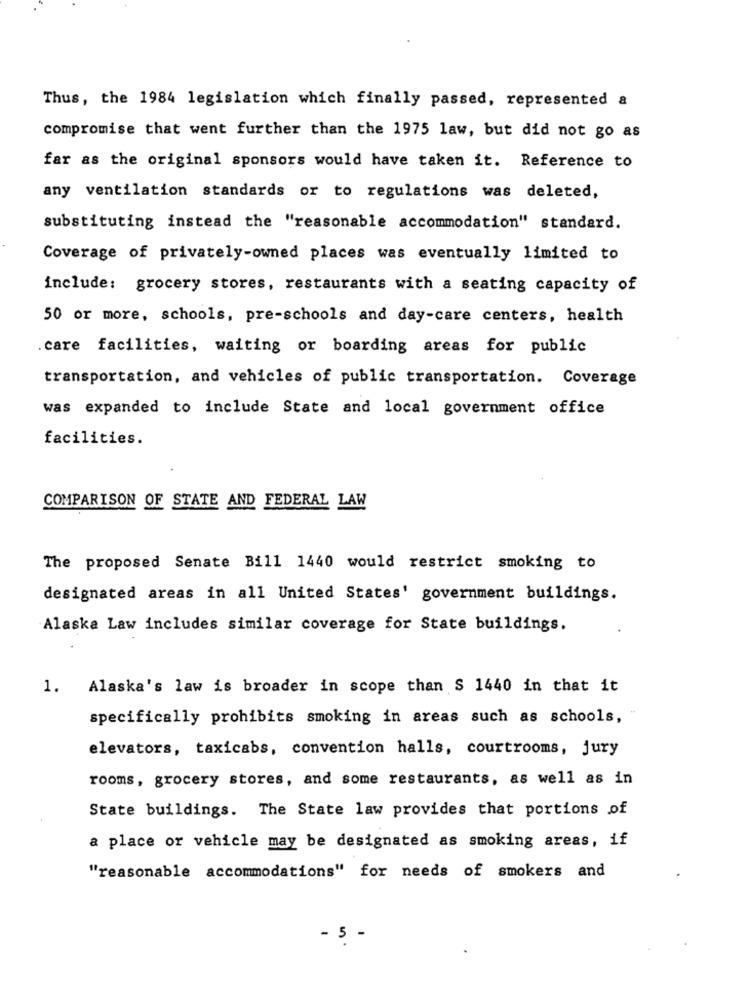
Thus, the 1984 legislation which finally passed, represented &
compromise that went further than the 1975 law, but did not go as
far as the original sponsors would have taken it. Reference to
any ventilation standards or to regulations was deleted,
substituting instead the "reasonable accommodation" standard.
Coverage of privately-owned places was eventually limited to
include: grocery stores, restaurants with a seating capacity of
50 or more, schools, pre-schools and day-care centers, health
.care facilities, waiting or boarding areas for public
transportation, and vehicles of public transportation. Coverage
was expanded to include State and local government office
facilities.
COMPARISON OF STATE AND FEDERAL LAW
The proposed Senate Bill 1440 would restrict smoking to
designated areas in all United States' government buildings.
Alaska Law includes similar coverage for State buildings.
1. Alaska's law is broader in scope than $ 1440 in that it
specifically prohibits smoking in areas such as schools,
elevators, taxicabs, convention halls, courtrooms, jury
rooms, grocery stores, and some restaurants, as well as in
State buildings. The State law provides that portions of
a place or vehicle may be designated as smoking areas, if
"reasonable accommodations" for needs of smokers and
- 5 -